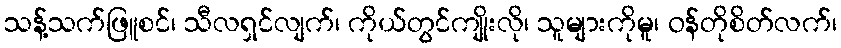
သန့်သက်ဖြူစင်၊ သီလရှင်လျက်၊ ကိုယ်တွင်ကျိုးလို၊ သူများကိုမူ၊ ဝန်တိုစိတ်လက်၊